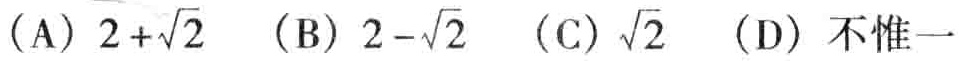
（A）$2 + \sqrt{2}$ （B）$2 - \sqrt{2}$ （C）$\sqrt{2}$ （D）不惟一